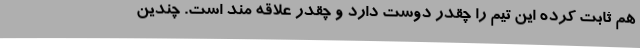
هم ثابت کرده این تیم را چقدر دوست دارد و چقدر علاقه مند است. چندین